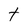
Character: t